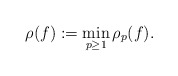
\begin{align*}\rho(f):=\min_{p\ge1}\rho_{p}(f).\end{align*}